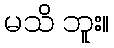
မသိ ဘူး။